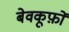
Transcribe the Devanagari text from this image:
बेवकूफ़ों